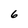
Character: 6